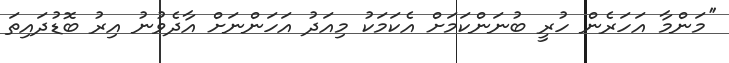
''މަންމާ އަހަރެން ހުރީ ބުނަންކަމަށް އެކަމަކު މިއަދު އަހަންނަށް އާދެވުނު އިރު ބޮޑުދައިތަ